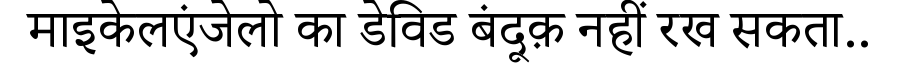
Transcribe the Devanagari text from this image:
माइकेलएंजेलो का डेविड बंदूक़ नहीं रख सकता..